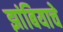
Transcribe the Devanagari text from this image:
झांबियाचे